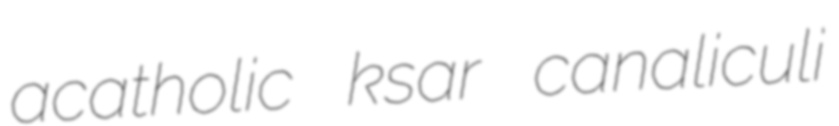
acatholic ksar canaliculi